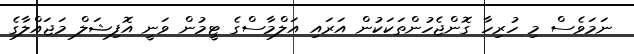
ނަމަވެސް މި ހުރިހާ ގޮންޖެހުންތަކަކުން އަރައި އަލްމާސްގެ ޓީމުން ވަނީ އޮފިޝަލް މަޖައްލާގެ